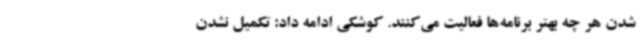
شدن هر چه بهتر برنامه‌ها فعالیت می‌کنند. کوشکی ادامه داد: تکمیل نشدن